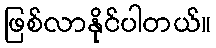
ဖြစ်လာနိုင်ပါတယ်။